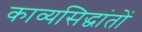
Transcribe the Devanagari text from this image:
काव्यसिद्धांतों